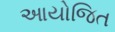
આયોજિત